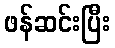
ဖန်ဆင်းပြီး